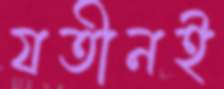
যতীনই